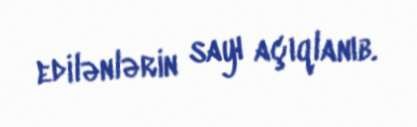
edilənlərin sayı açıqlanıb.